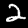
Digit: 2